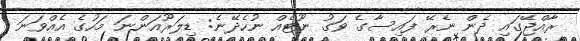
ރާއްޖޭގައި ދެން ނެރޭ ފައިސާގެ ވަގު ނޫޓެއް ނުހެދޭނެ: ޑިލަރޫއަންނަ މަހުގެ އެއްވަނަ